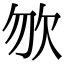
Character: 𣢊